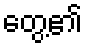
တွေ့၏